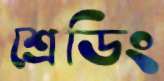
শ্রেডিং